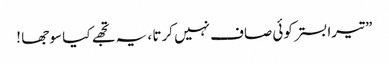
” تیرا بستر کوئی صاف نہیں کرتا ، یہ تجھے کیا سو جھا !